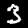
Label: 3